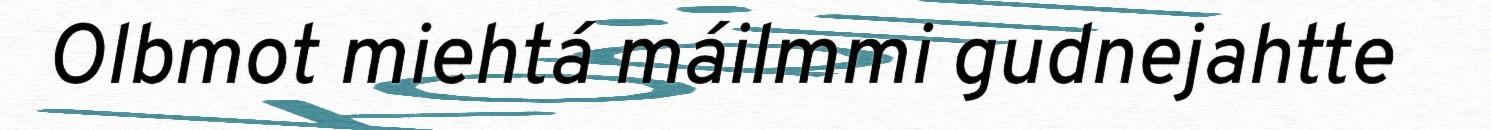
Olbmot miehtá máilmmi gudnejahtte